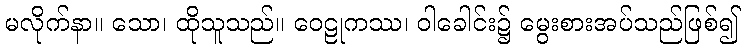
မလိုက်နာ။ သော၊ ထိုသူသည်။ ဝေဠုကဿ၊ ဝါခေါင်း၌ မွေးစားအပ်သည်ဖြစ်၍